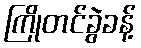
ကြိုတင်ခွဲခန့်